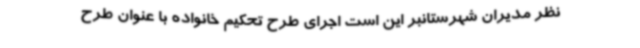
نظر مدیران شهرستانبر این است اجرای طرح تحکیم خانواده با عنوان طرح